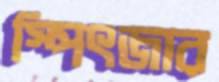
স্পিৎজার